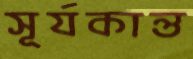
সূর্যকান্ত